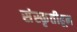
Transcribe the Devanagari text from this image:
संस्कृतीहून